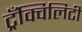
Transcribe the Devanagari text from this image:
ट्रँक्विलिटी